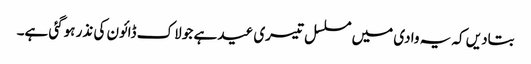
بتادیں کہ یہ وادی میں مسلسل تیسری عید ہے جو لاک ڈائون کی نذر ہوگئی ہے۔